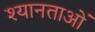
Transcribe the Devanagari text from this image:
श्यानताओं